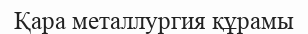
Қара металлургия құрамы